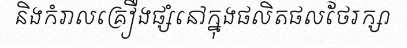
និងកំរាលគ្រឿងផ្សំនៅក្នុងផលិតផលថែរក្សា